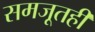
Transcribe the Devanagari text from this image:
समजूतही